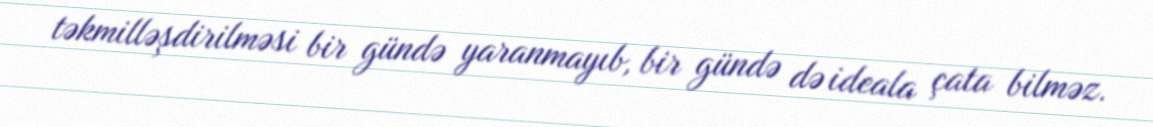
təkmilləşdirilməsi bir gündə yaranmayıb, bir gündə də ideala çata bilməz.